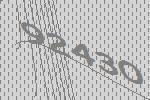
92430